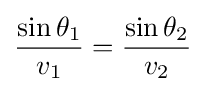
{\frac {\sin \theta _{1}}{v_{1}}}={\frac {\sin \theta _{2}}{v_{2}}}